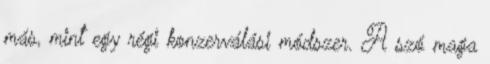
más, mint egy régi konzerválási módszer. A szó maga